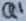
Text: Q1